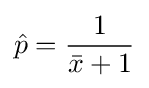
{\hat {p}}={\frac {1}{{\bar {x}}+1}}